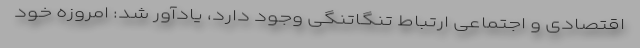
اقتصادی و اجتماعی ارتباط تنگاتنگی وجود دارد، یادآور شد: امروزه خود